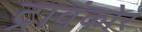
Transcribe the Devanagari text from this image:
ट्रावंकोर